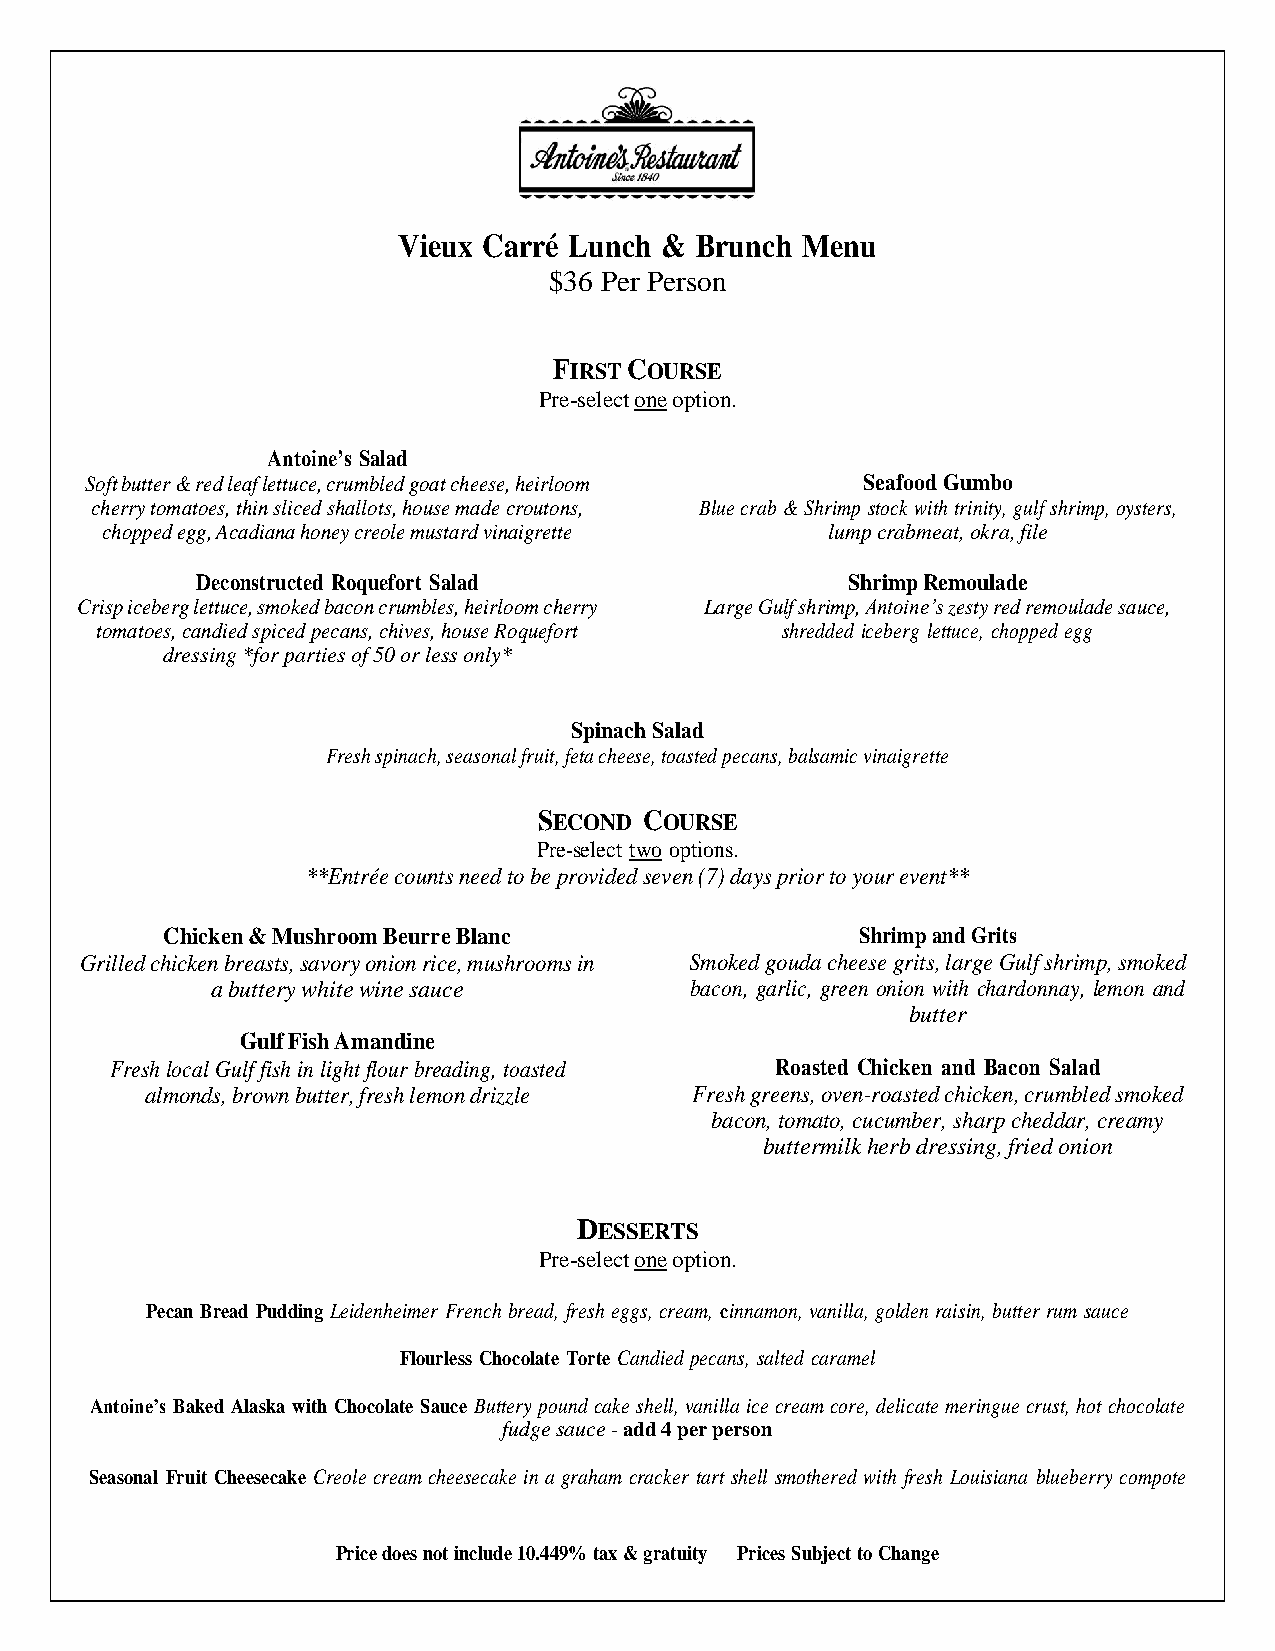
Vieux Carré Lunch & Brunch Menu
 $36 Per Person
 FIRST COURSE
 Pre-select one option.
 Antoine’s Salad
 Soft butter & red leaf lettuce, crumbled goat cheese, heirloom Seafood Gumbo
 cherry tomatoes, thin sliced shallots, house made croutons, Blue crab & Shrimp stock with trinity, gulf shrimp, oysters,
 chopped egg, Acadiana honey creole mustard vinaigrette lump crabmeat, okra, file
 Deconstructed Roquefort Salad              Shrimp Remoulade
 Crisp iceberg lettuce, smoked bacon crumbles, heirloom cherry Large Gulf shrimp, Antoine’s zesty red remoulade sauce,
 tomatoes, candied spiced pecans, chives, house Roquefort shredded iceberg lettuce, chopped egg
 dressing *for parties of 50 or less only*
 Spinach Salad
 Fresh spinach, seasonal fruit, feta cheese, toasted pecans, balsamic vinaigrette
 SECOND COURSE
 Pre-select two options.
 **Entrée counts need to be provided seven (7) days prior to your event**
 Chicken & Mushroom Beurre Blanc               Shrimp and Grits
 Grilled chicken breasts, savory onion rice, mushrooms in Smoked gouda cheese grits, large Gulf shrimp, smoked
 a buttery white wine sauce      bacon, garlic, green onion with chardonnay, lemon and
 butter
 Gulf Fish Amandine
 Fresh local Gulf fish in light flour breading, toasted Roasted Chicken and Bacon Salad
 almonds, brown butter, fresh lemon drizzle Fresh greens, oven-roasted chicken, crumbled smoked
 bacon, tomato, cucumber, sharp cheddar, creamy
 buttermilk herb dressing, fried onion
 DESSERTS
 Pre-select one option.
 Pecan Bread Pudding Leidenheimer French bread, fresh eggs, cream, cinnamon, vanilla, golden raisin, butter rum sauce
 Flourless Chocolate Torte Candied pecans, salted caramel
 Antoine’s Baked Alaska with Chocolate Sauce Buttery pound cake shell, vanilla ice cream core, delicate meringue crust, hot chocolate
 fudge sauce - add 4 per person
 Seasonal Fruit Cheesecake Creole cream cheesecake in a graham cracker tart shell smothered with fresh Louisiana blueberry compote
 Price does not include 10.449% tax & gratuity Prices Subject to Change